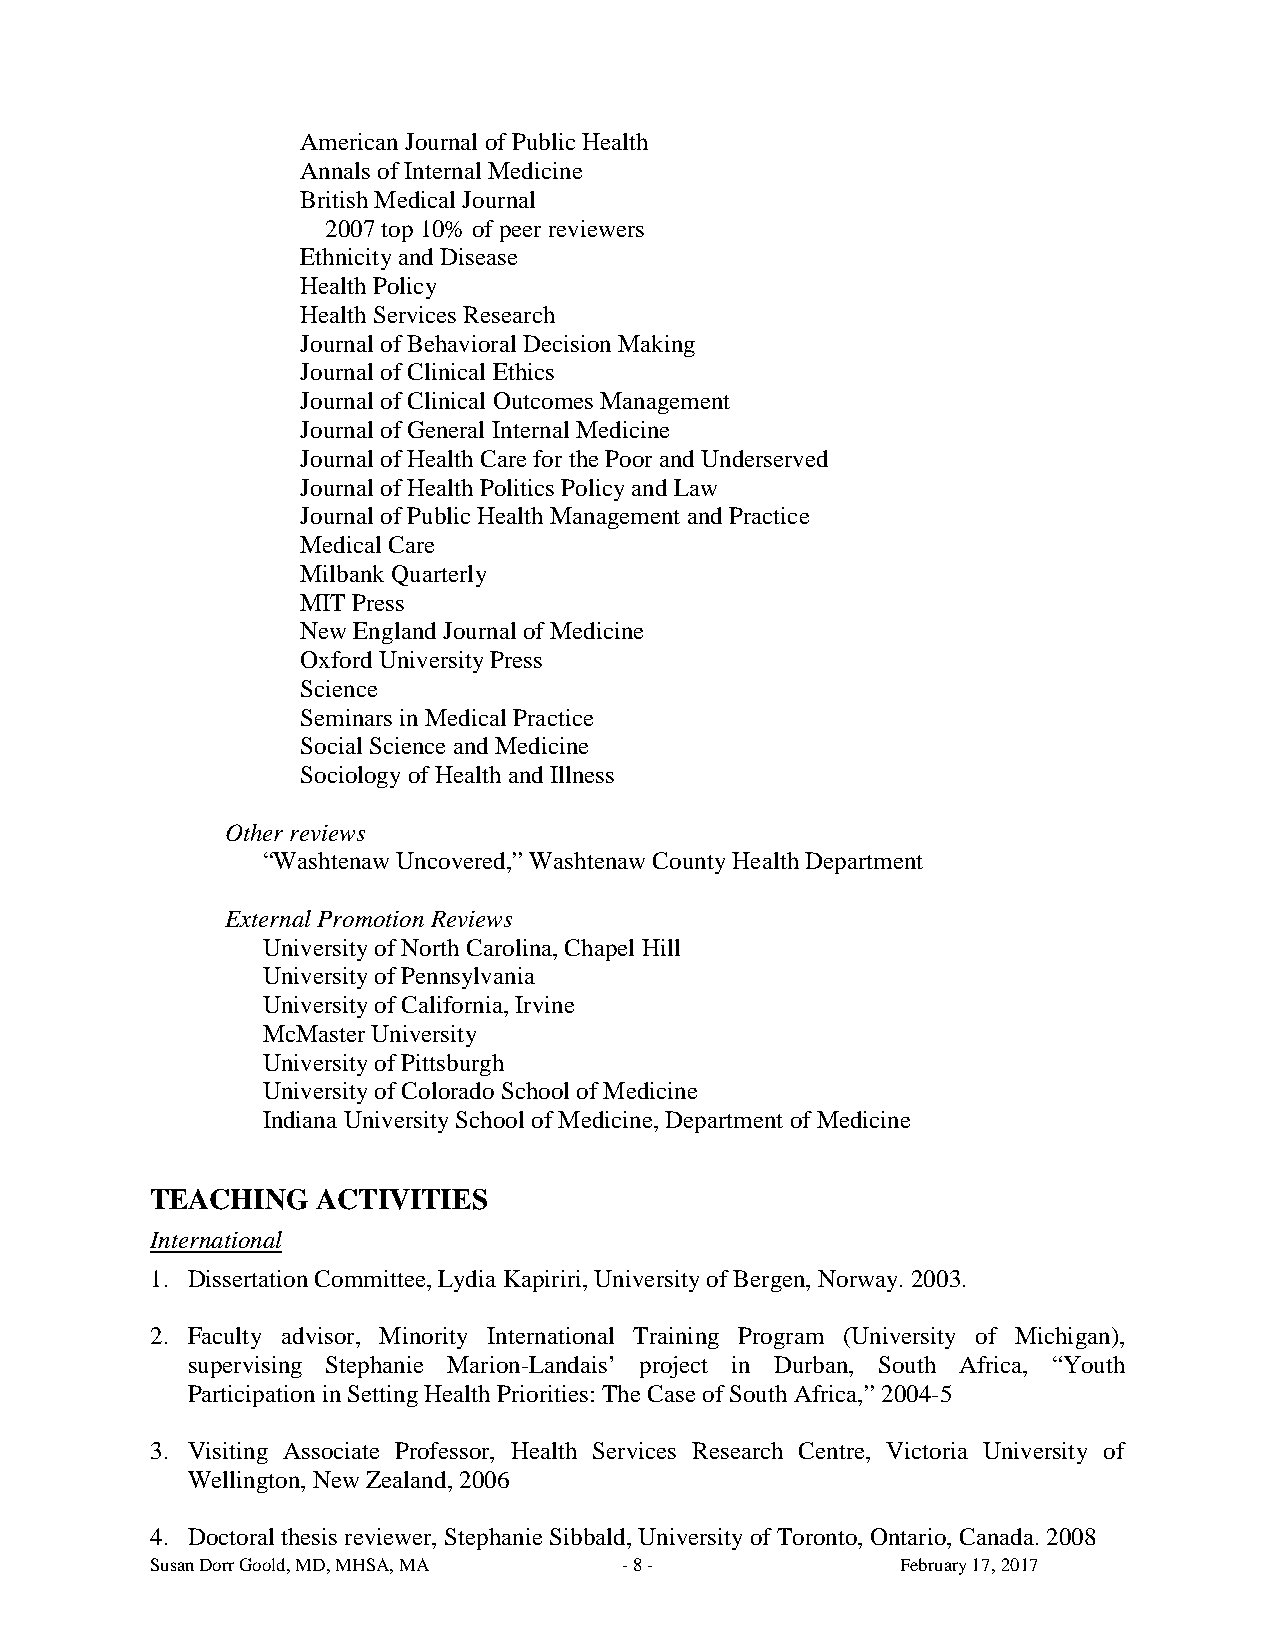
American Journal of Public Health
 Annals of Internal Medicine
 British Medical Journal
 2007 top 10% of peer reviewers
 Ethnicity and Disease
 Health Policy
 Health Services Research
 Journal of Behavioral Decision Making
 Journal of Clinical Ethics
 Journal of Clinical Outcomes Management
 Journal of General Internal Medicine
 Journal of Health Care for the Poor and Underserved
 Journal of Health Politics Policy and Law
 Journal of Public Health Management and Practice
 Medical Care
 Milbank Quarterly
 MIT Press
 New England Journal of Medicine
 Oxford University Press
 Science
 Seminars in Medical Practice
 Social Science and Medicine
 Sociology of Health and Illness
 Other reviews
 “Washtenaw Uncovered,” Washtenaw County Health Department
 External Promotion Reviews
 University of North Carolina, Chapel Hill
 University of Pennsylvania
 University of California, Irvine
 McMaster University
 University of Pittsburgh
 University of Colorado School of Medicine
 Indiana University School of Medicine, Department of Medicine
 TEACHING   ACTIVITIES
 International
 1. Dissertation Committee, Lydia Kapiriri, University of Bergen, Norway. 2003.
 2. Faculty advisor, Minority International Training Program (University of Michigan),
 supervising Stephanie Marion-Landais’ project in Durban, South Africa, “Youth
 Participation in Setting Health Priorities: The Case of South Africa,” 2004-5
 3. Visiting Associate Professor, Health Services Research Centre, Victoria University of
 Wellington, New Zealand, 2006
 4. Doctoral thesis reviewer, Stephanie Sibbald, University of Toronto, Ontario, Canada. 2008
 Susan Dorr Goold, MD, MHSA, MA - 8 -              February 17, 2017